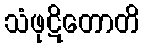
သံဖုဋိတောတိ